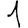
Digit: 1